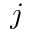
j